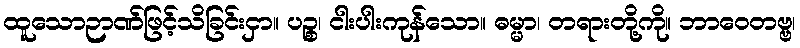
ထူသောဉာဏ်ဖြင့်သိခြင်းငှာ။ ပဉ္စ၊ ငါးပါးကုန်သော။ ဓမ္မာ၊ တရားတို့ကို။ ဘာဝေတဗ္ဗ၊